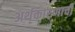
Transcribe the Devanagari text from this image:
अर्थकारणाची